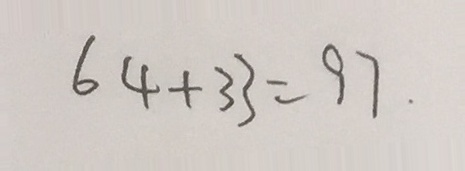
6 4 + 3 3 = 9 7 .